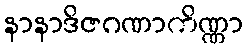
နာနာဒိဇဂဏာကိဏ္ဏာ